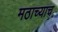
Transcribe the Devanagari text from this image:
मठाच्याच